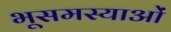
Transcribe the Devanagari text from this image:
भूसमस्याओं